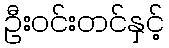
ဦးဝင်းတင်နှင့်